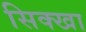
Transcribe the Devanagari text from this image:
सिक्खा